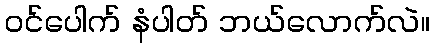
ဝင်ပေါက် နံပါတ် ဘယ်လောက်လဲ။